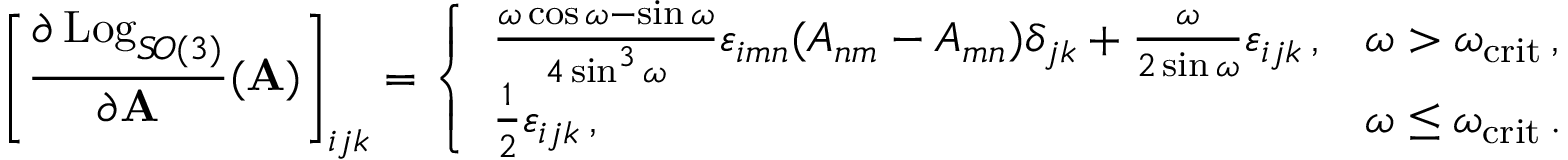
\left[ \frac { \partial \operatorname { L o g } _ { S \! O ( 3 ) } } { \partial \mathbf A } ( \mathbf A ) \right] _ { i j k } = \left\{ \begin{array} { l l } { \frac { \omega \cos \omega - \sin \omega } { 4 \sin ^ { 3 } \omega } \varepsilon _ { i m n } ( A _ { n m } - A _ { m n } ) \delta _ { j k } + \frac { \omega } { 2 \sin \omega } \varepsilon _ { i j k } \, , } & { \omega > \omega _ { \mathrm { c r i t } } \, , } \\ { \frac { 1 } { 2 } \varepsilon _ { i j k } \, , } & { \omega \leq \omega _ { \mathrm { c r i t } } \, . } \end{array} \right.